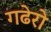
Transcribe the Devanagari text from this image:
गढेरो